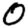
Digit: 0